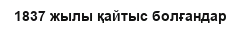
1837 жылы қайтыс болғандар